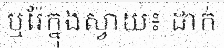
ឬរ៉ែក្នុងស្វាយ៖ ដាក់